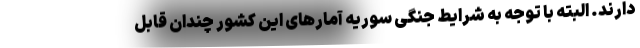
دارند. البته با توجه به شرایط جنگی سوریه آمارهای این کشور چندان قابل